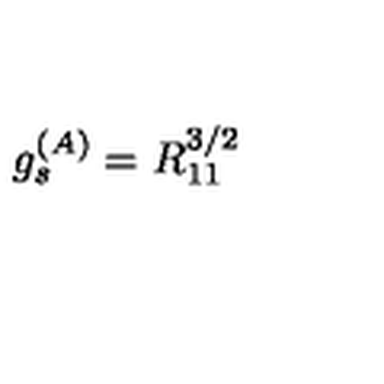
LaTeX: g _ { s } ^ { ( A ) } = R _ { 1 1 } ^ { 3 / 2 }